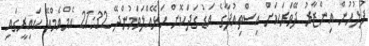
ފުލުހުން އިންޒާރު ދޭވަރަކަށް އިސްތިއުފާގެ އަޑު ގަދަކޮށް ހަޅޭއްލަވަމުންދޭ 21:32 އެމްއެމްއޭ ކައިރީގައި